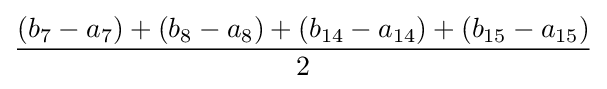
(b_{7}-a_{7})+(b_{8}-a_{8})+(b_{14}-a_{14})+(b_{15}-a_{15}) \over 2